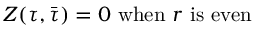
Z ( \tau , \bar { \tau } ) = 0 ~ \mathrm { w h e n } ~ r ~ \mathrm { i s ~ e v e n }